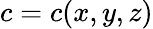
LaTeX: \textit{c}=\textit{c}(\textit{x},\textit{y},\textit{z})